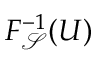
F _ { \mathcal { S } } ^ { - 1 } ( U )